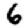
Digit: 6